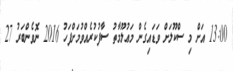
13:00 އަށް މި ސްކޫލަށް ވަޑައިގެން މަޢުލޫމާތު ސާފުކުރެއްވުމަށްފަހު 2016 ނޮވެންބަރު 27